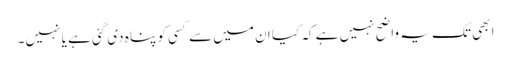
ابھی تک یہ واضح نہیں ہے کہ کیا ان میں سے کسی کو پناہ دی گئی ہے یا نہیں۔